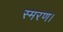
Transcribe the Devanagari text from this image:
स्मरण।